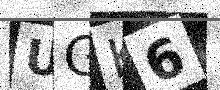
Text: UGK6